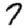
Digit: 7